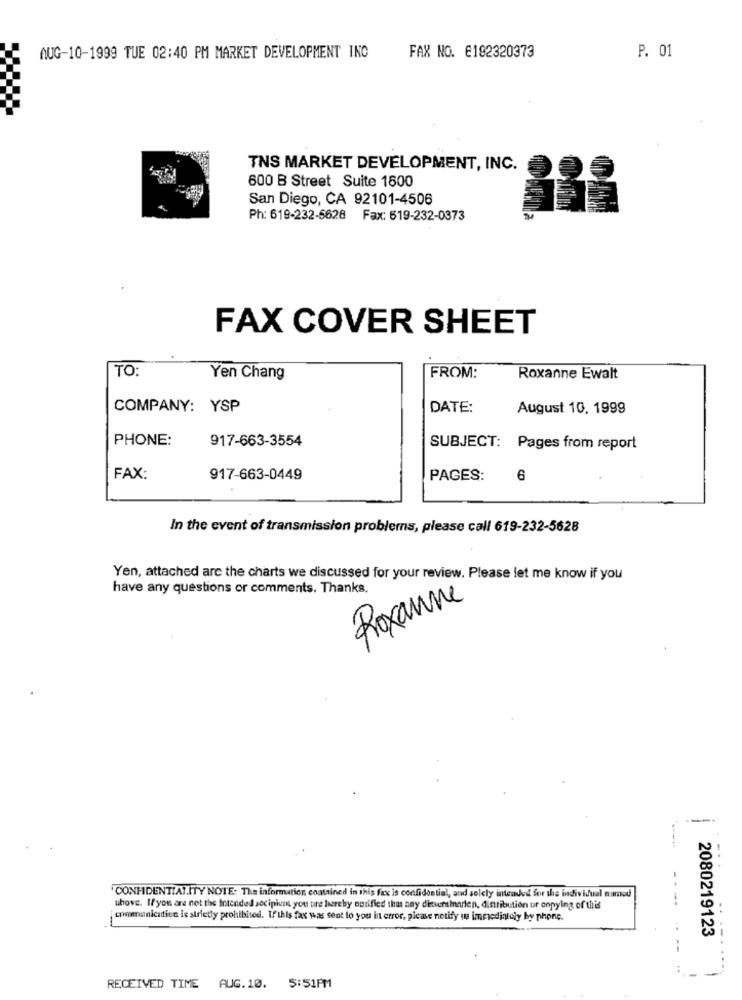
FAX NO. 6192320373
P. 01
AUG-10-1999 TUE 02:40 PM MARKET DEVELOPMENT INC
TNS MARKET DEVELOPMENT, INC.
600 B Street Suite 1600
San Diego, CA 92101-4506
Ph: 619-232-5628 Fax: 519-232-0373
FAX COVER SHEET
TO:
Yen Chang
FROM:
Roxanne Ewalt
COMPANY: YSP
DATE:
August 10, 1999
PHONE:
917-663-3554
SUBJECT: Pages from report
FAX:
917-663-0449
PAGES:
6
In the event of transmission problems, please call 619-232-5628
Yen, attached are the charts we discussed for your review. Please let me know if you
have any questions or comments. Thanks.
Roxanne
---.
CONFIDENTIALITY NOTE: The information contained in this fax is confidential, and solely intended for the individual named
whove. If you are not the Intended secipient you tire hereby outified that any dievensinarien, distribution or copying of this
----
communication is strictly prohibited. If this fax was sent to you in error, please notify in immediately by phone.
2080219123
--
RECEIVED TIME AUG.10. 5:51PM